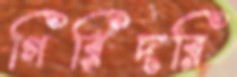
গিরিদরি